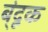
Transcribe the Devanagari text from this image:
ब्ंदूक